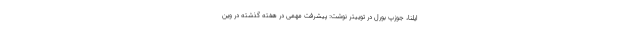
ایلنا، جوزپ بورل در توییتر نوشت: پیشرفت مهمی در هفته گذشته در وین